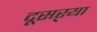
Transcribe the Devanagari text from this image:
दूसऱ्या